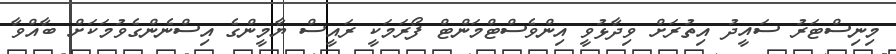
މިނިސްޓަރު ސައީދު އިތުރަށް ވިދާޅުވީ އިންވެސްޓްމަންޓް ފޯރަމަކީ ރައީސް ޔާމީންގެ އިސްނެންގެވުމަކަށް ބާއްވާ